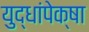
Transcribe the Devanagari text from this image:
युद्धांपेक्षा